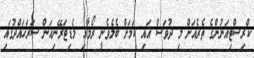
ކްރިސްޓިއަނުންގެ ތެރެއަށް މި ދުވަސް އައި ކަމަށް ބެލެވެނީ ރޯމާއި މެޑިޓަރޭނިއަން ސަރަހައްދުގައި